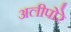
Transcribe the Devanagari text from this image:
अलीपोरे